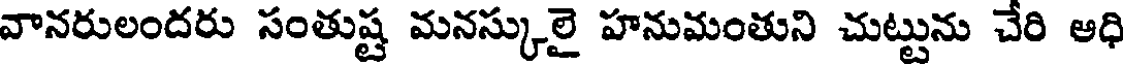
వానరులందరు సంతుష్ట మనస్కులై హనుమంతుని చుట్టును చేరి ఆధి